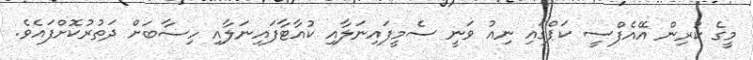
މީގެ ކުރިން އޭއެފްސީ ކަޕްގައި ނިއު ވަނީ ސެމީފައިނަލާއި ކުއާޓާފައިނަލާއި ހިސާބަށް ދަތުރުކޮށްފައެވެ.